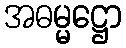
အဓမ္မဋ္ဌော